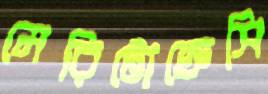
মেরিটোক্রেসি